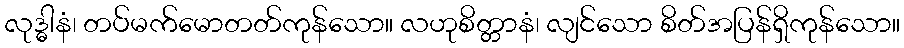
လုဒ္ဓါနံ၊ တပ်မက်မောတတ်ကုန်သော။ လဟုစိတ္တာနံ၊ လျင်သော စိတ်အပြန်ရှိကုန်သော။